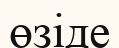
өзіде